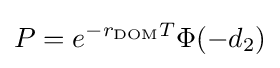
P=e^{-r_{\mathrm {DOM} }T}\Phi (-d_{2})